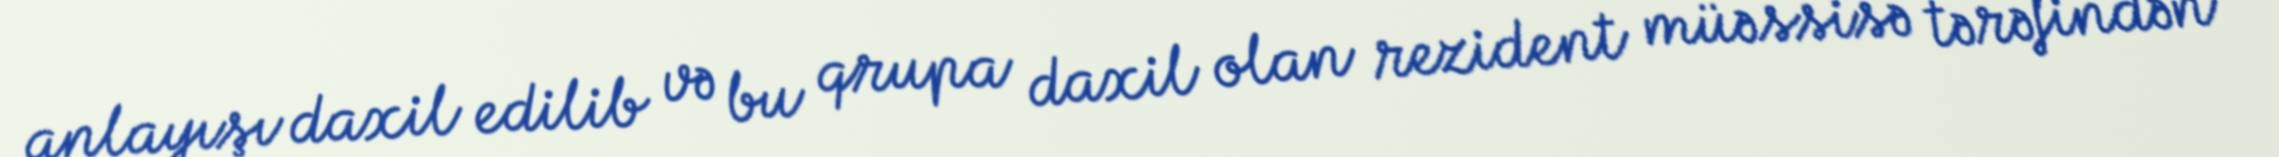
anlayışı daxil edilib və bu qrupa daxil olan rezident müəssisə tərəfindən